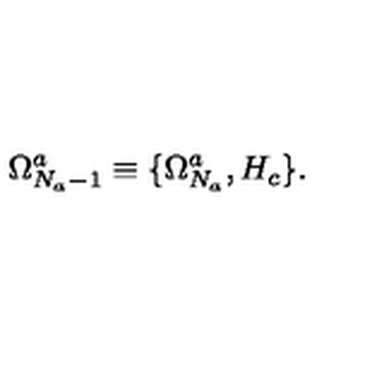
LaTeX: \Omega _ { N _ { a } - 1 } ^ { a } \equiv \{ \Omega _ { N _ { a } } ^ { a } , H _ { c } \} .